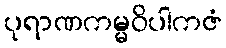
ပုရာဏကမ္မဝိပါကဇံ